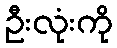
ဦးလုံးကို